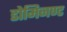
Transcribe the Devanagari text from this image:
डोमिनण्ट